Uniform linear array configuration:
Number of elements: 12
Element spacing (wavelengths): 0.75
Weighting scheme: blackman
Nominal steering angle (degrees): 45
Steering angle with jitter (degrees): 43.038
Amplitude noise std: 0.05
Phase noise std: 0.05

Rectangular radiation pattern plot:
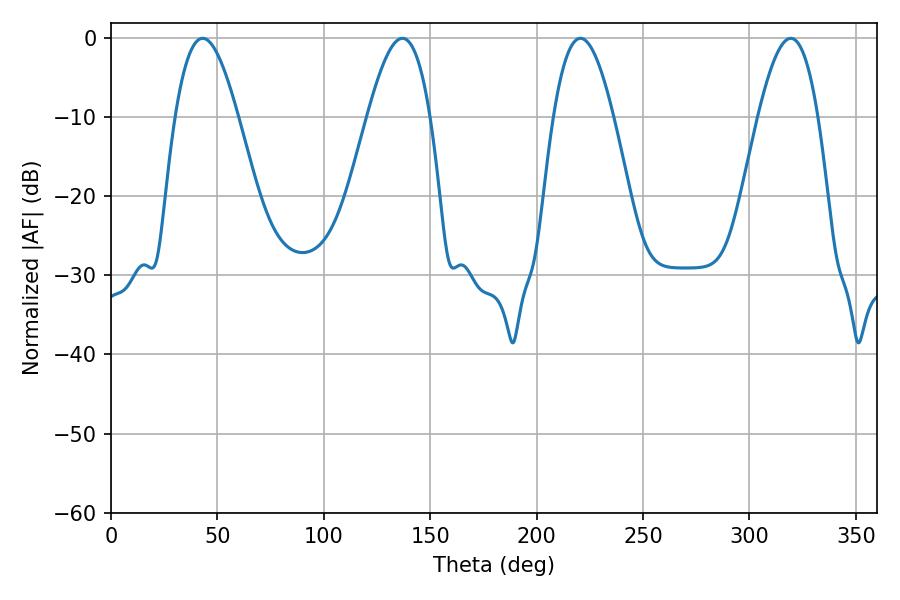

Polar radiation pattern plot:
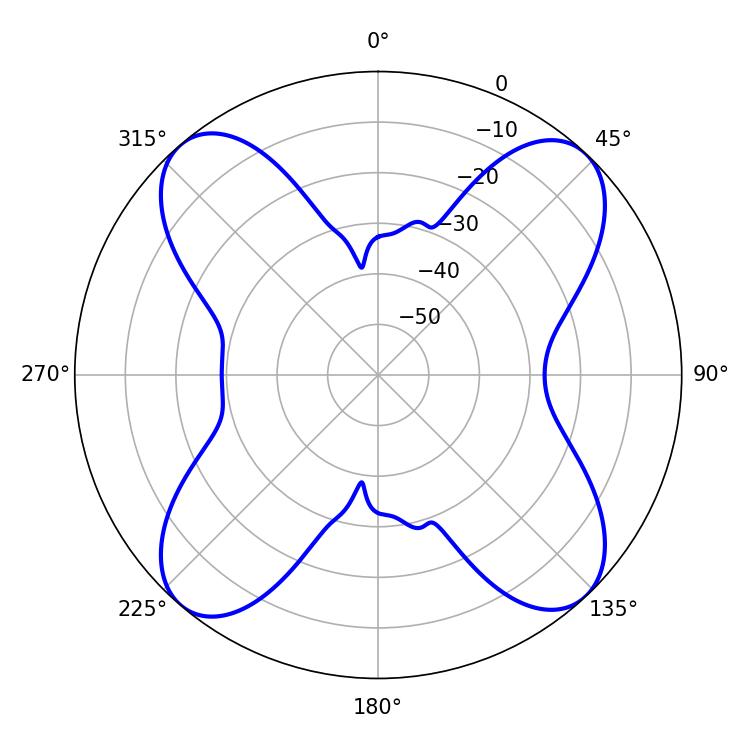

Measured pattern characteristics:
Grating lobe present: TRUE
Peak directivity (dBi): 16.948
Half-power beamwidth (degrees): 16.02
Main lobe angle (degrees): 43.02